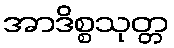
အာဒိစ္စသုတ္တ